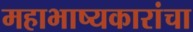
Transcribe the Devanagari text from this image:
महाभाष्यकारांचा